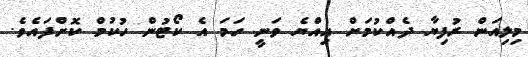
މިލިއަން ރުފިޔާ ދެއްކުމަށް އިއްޔެ ވަނީ ހަމަ އެ ކޯޓުން ހުކުމް ކޮށްފައެވެ.